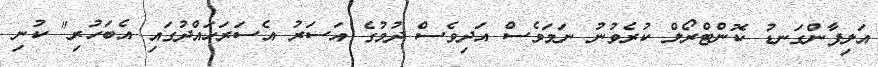
އަލިފާންގަނޑު ކޮންޓްރޯލް ކުރެވުނު ނަމަވެސް އަދިވެސް ދުމުގެ އަސަރު އެސަރަހައްދުގައި އެބަހުރި" ކުނި